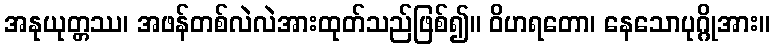
အနုယုတ္တဿ၊ အဖန်တစ်လဲလဲအားထုတ်သည်ဖြစ်၍။ ဝိဟရတော၊ နေသောပုဂ္ဂိုအား။